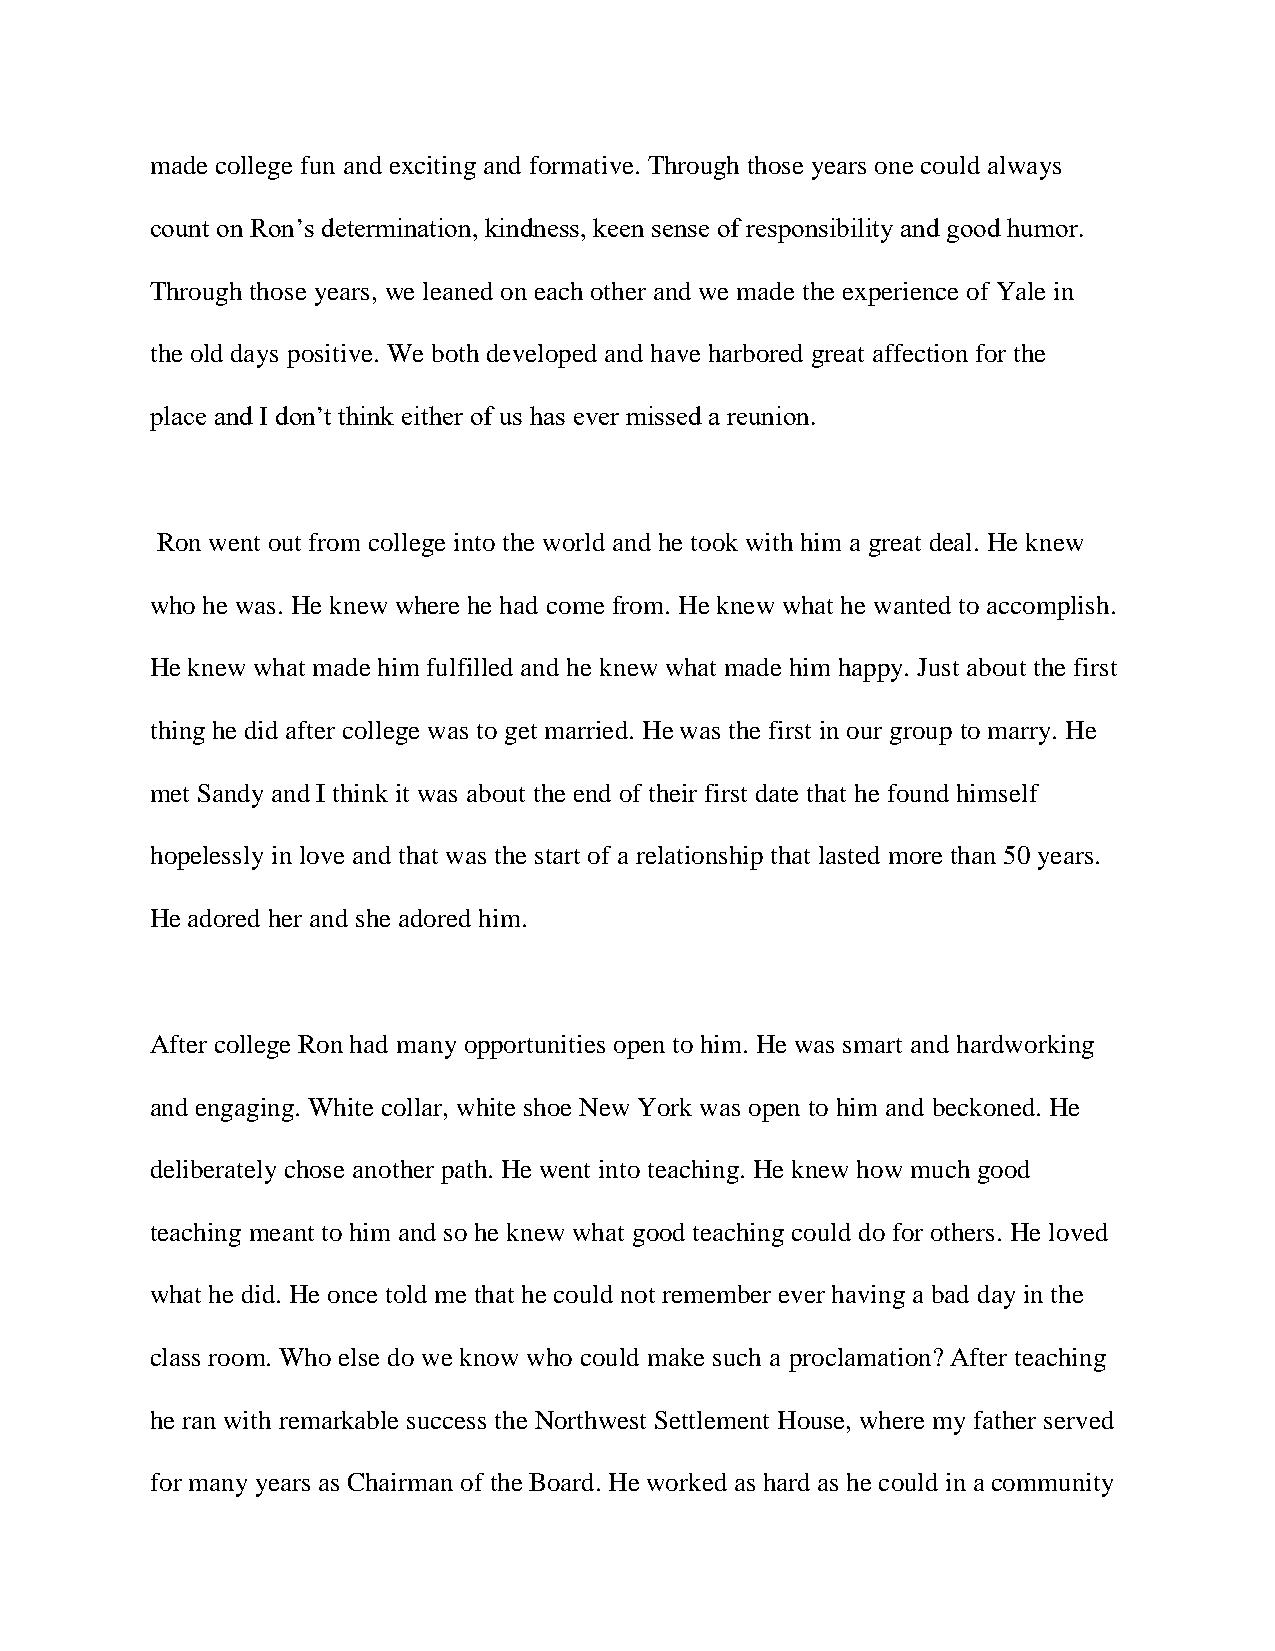
made college fun and exciting and formative. Through those years one could always
 count on Ron’s determination, kindness, keen sense of responsibility and good humor.
 Through those years, we leaned on each other and we made the experience of Yale in
 the old days positive. We both developed and have harbored great affection for the
 place and I don’t think either of us has ever missed a reunion.
 Ron went out from college into the world and he took with him a great deal. He knew
 who he was. He knew where he had come from. He knew what he wanted to accomplish.
 He knew what made him fulfilled and he knew what made him happy. Just about the first
 thing he did after college was to get married. He was the first in our group to marry. He
 met Sandy and I think it was about the end of their first date that he found himself
 hopelessly in love and that was the start of a relationship that lasted more than 50 years.
 He adored her and she adored him.
 After college Ron had many opportunities open to him. He was smart and hardworking
 and engaging. White collar, white shoe New York was open to him and beckoned. He
 deliberately chose another path. He went into teaching. He knew how much good
 teaching meant to him and so he knew what good teaching could do for others. He loved
 what he did. He once told me that he could not remember ever having a bad day in the
 class room. Who else do we know who could make such a proclamation? After teaching
 he ran with remarkable success the Northwest Settlement House, where my father served
 for many years as Chairman of the Board. He worked as hard as he could in a community